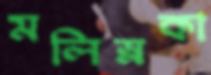
মলিস্নকা